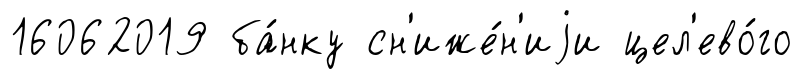
16062019 ба́нку сн'иже́н'иjи цел'ево́го